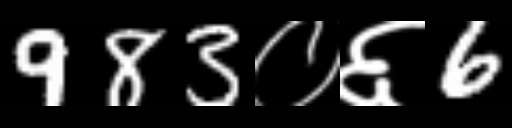
Text: 983०६6